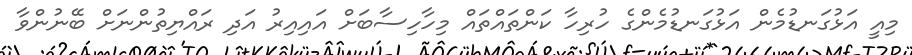
މިއީ އަޅުގަނޑުމެން އަޅުގަނޑުމެންގެ ހުރިހާ ކަންތައްތައް މިހާހިސާބަށް އައިއިރު އަދި ރައްޔިތުންނަށް ބޭނުންވާ